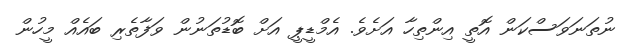
ނުތަނަވަސްކަން އޮތީ އިންތިހާ އަށެވެ. އެމްޑީޕީ އަށް ބޮޑުތަނުން ވަފާތެރި ބައެއް މީހުން